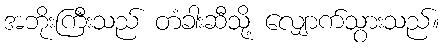
အဘိုးကြီးသည် တံခါးဆီသို့ လျှောက်သွားသည်။